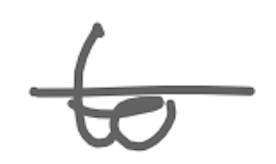
Text: to
Cross-out: mix
Writing tool: digital_gray